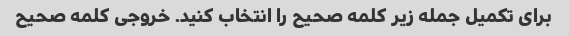
برای تکمیل جمله زیر کلمه صحیح را انتخاب کنید. خروجی کلمه صحیح